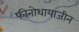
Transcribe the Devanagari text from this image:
फीनोथायाजीन